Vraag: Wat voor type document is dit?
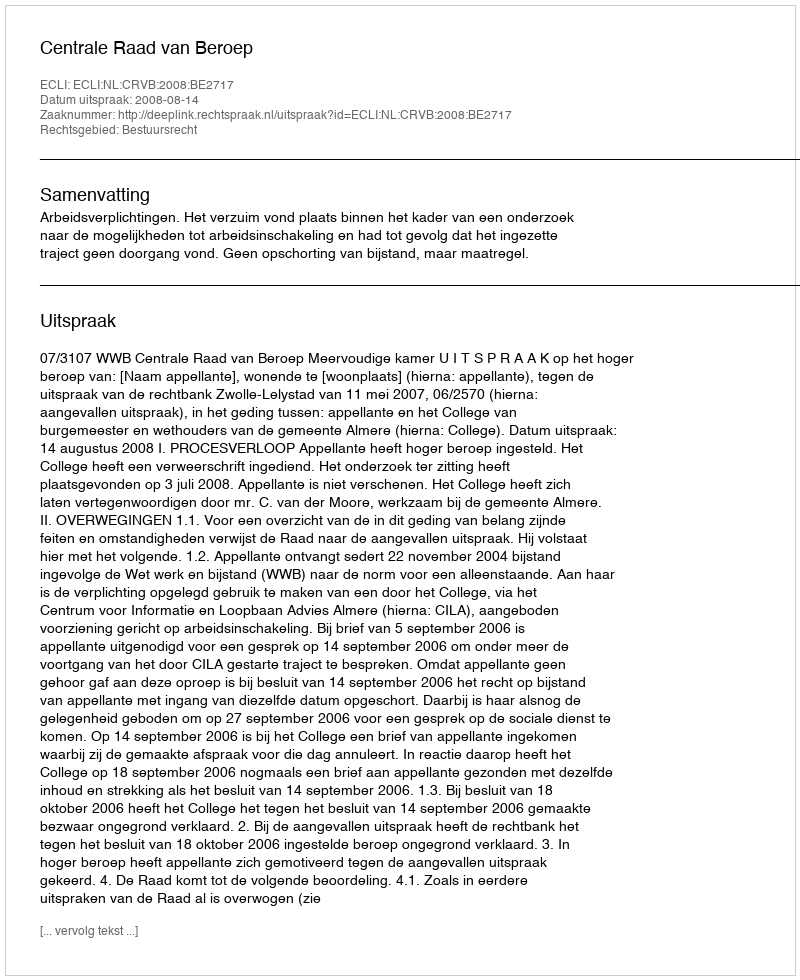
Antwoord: Uitspraak